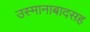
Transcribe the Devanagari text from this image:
उस्मानाबादसह